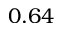
0 . 6 4